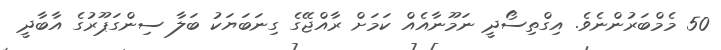
50 މެމްބަރުންނެވެ. އިގްތިސޯދީ ނަމޫނާއެއް ކަމަށް ރާއްޖޭގެ ގިނަބަޔަކު ބަލާ ސިންގަޕޫރުގެ އާބާދީ